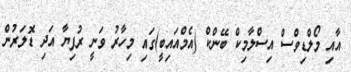
އާއި މޯލްޑިވްސް އިސްލާމިކް ބޭންކް (އެމްއައިބީ)ގައި މިހާރު ވަނީ ރުފިޔާ އަދި ޑޮލަރުން